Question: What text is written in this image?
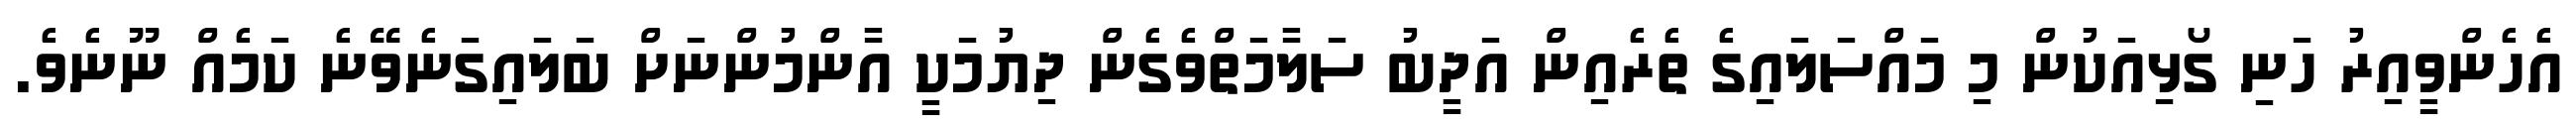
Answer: އެހެންވީއިރު ހަނި ގޯޅިއަކުން މި މައްސަލައިގެ ތެރެއިން އަދީބު ސަލާމަތްވެގެން ދިޔުމަކީ އާންމުންނަށް ބަލައިގަނެވޭނެ ކަމެއް ނޫނެވެ.